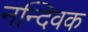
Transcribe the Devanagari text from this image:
नन्दिवक